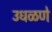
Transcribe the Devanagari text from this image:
उधळणे